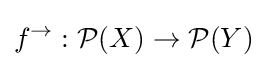
f^{\rightarrow }:{\mathcal {P}}(X)\to {\mathcal {P}}(Y)